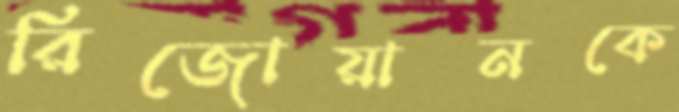
রিজোয়ানকে